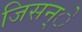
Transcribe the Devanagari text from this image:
जिसन्े